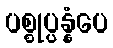
ပစ္စုပ္ပန္နံပေ